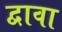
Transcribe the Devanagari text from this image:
द्वावा